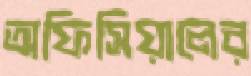
অফিসিয়ালের